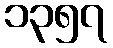
၁၃၅၇